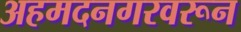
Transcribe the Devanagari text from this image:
अहमदनगरवरून